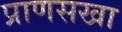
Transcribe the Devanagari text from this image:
प्राणसखा